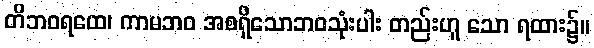
တိဘဝရထေ၊ ကာမဘဝ အစရှိသောဘဝသုံးပါး တည်းဟူ သော ရထား၌။